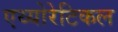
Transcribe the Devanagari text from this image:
एथ्योरेटिकल